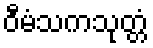
ဝီမံသကသုတ္တံ